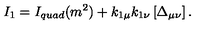
I _ { 1 } = I _ { q u a d } ( m ^ { 2 } ) + k _ { 1 \mu } k _ { 1 \nu } \left[ \Delta _ { \mu \nu } \right] .